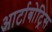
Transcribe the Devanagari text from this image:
आर्टाबोट्रिस